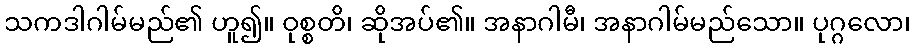
သကဒါဂါမ်မည်၏ ဟူ၍။ ဝုစ္စတိ၊ ဆိုအပ်၏။ အနာဂါမီ၊ အနာဂါမ်မည်သော။ ပုဂ္ဂလော၊